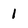
Character: 1